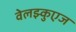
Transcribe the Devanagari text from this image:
वेलझ्कुएज